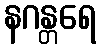
နဂန္တရေ